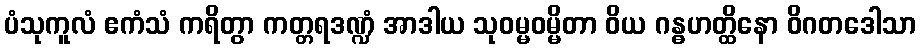
ပံသုကူလံ ဧကံသံ ကရိတွာ ကတ္တရဒဏ္ဍံ အာဒါယ သုဝမ္မဝမ္မိတာ ဝိယ ဂန္ဓဟတ္ထိနော ဝိဂတဒေါသာ